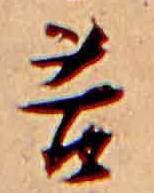
苦